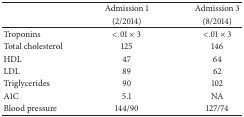
| <ROWSPAN=2>  | Admission 1 | Admission 3 |
 | (2/2014) | (8/2014) |
 | --- | --- | --- |
 | Troponins | <.01 × 3 | <.01 × 3 |
 | Total cholesterol | 125 | 146 |
 | HDL | 47 | 64 |
 | LDL | 89 | 62 |
 | Triglycerides | 90 | 102 |
 | A1C | 5.1 | NA |
 | Blood pressure | 144/90 | 127/74 |